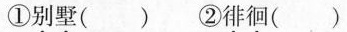
①别墅()②徘徊()